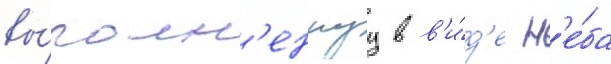
вы́полн'еннуу в в'и́д'е н'е́ба